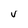
Character: V